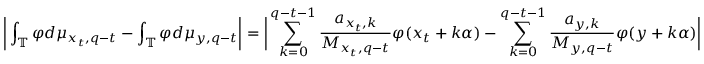
\bigg | \int _ { \mathbb { T } } \varphi d \mu _ { x _ { t } , q - t } - \int _ { \mathbb { T } } \varphi d \mu _ { y , q - t } \bigg | = \bigg | \sum _ { k = 0 } ^ { q - t - 1 } \frac { a _ { x _ { t } , k } } { M _ { x _ { t } , q - t } } \varphi ( x _ { t } + k \alpha ) - \sum _ { k = 0 } ^ { q - t - 1 } \frac { a _ { y , k } } { M _ { y , q - t } } \varphi ( y + k \alpha ) \bigg |